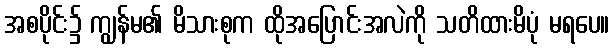
အစပိုင်း၌ ကျွန်မ၏ မိသားစုက ထိုအပြောင်းအလဲကို သတိထားမိပုံ မရပေ။